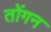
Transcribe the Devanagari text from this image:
तोंगन